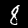
Label: 8